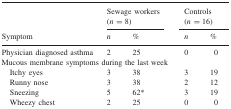
<table><thead><tr><td></td><td colspan="2"><b>Sewage workers (<i>n</i> = 8)</b></td><td colspan="2"><b>Controls (<i>n</i> = 16)</b></td></tr><tr><td><b>Symptom</b></td><td><b><i>n</i></b></td><td><b><i>%</i></b></td><td><b><i>n</i></b></td><td><b><i>%</i></b></td></tr></thead><tbody><tr><td>Physician diagnosed asthma</td><td>2</td><td>25</td><td>0</td><td>0</td></tr><tr><td colspan="5">Mucous membrane symptoms during the last week</td></tr><tr><td>Itchy eyes</td><td>3</td><td>38</td><td>3</td><td>19</td></tr><tr><td>Runny nose</td><td>3</td><td>38</td><td>2</td><td>12</td></tr><tr><td>Sneezing</td><td>5</td><td>62*</td><td>3</td><td>19</td></tr><tr><td>Wheezy chest</td><td>2</td><td>25</td><td>0</td><td>0</td></tr></tbody></table>